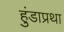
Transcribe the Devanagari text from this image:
हुंडाप्रथा